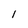
Character: 1